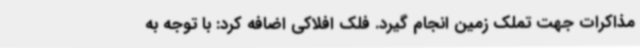
مذاکرات جهت تملک زمین انجام گیرد. فلک افلاکی اضافه کرد: با توجه به